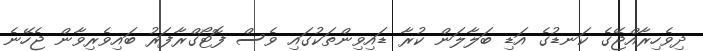
ދިވެހިރާއްޖޭގެ ކަނޑުގެ އަޑި ބަލާލަން ކުރާ ޑައިވިންތަކުގައި ވެސް ފޮޓޯގްރާފަރު ބައިވެރިވާން ޖެހޭނެ